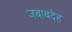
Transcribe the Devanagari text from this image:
जबाबदेह